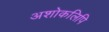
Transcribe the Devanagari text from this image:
अशोकलिपि